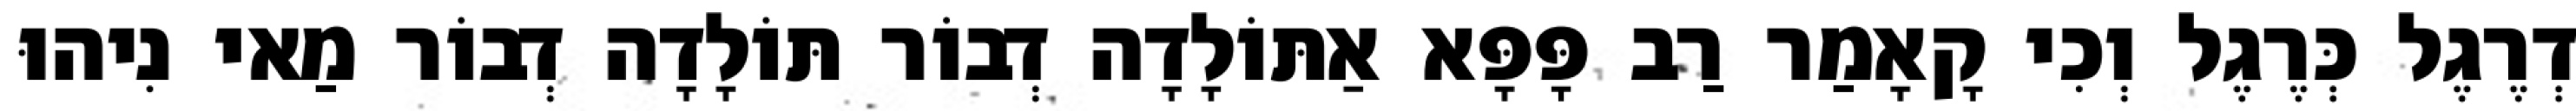
דְרֶגֶל כְּרֶגֶל וְכִי קָאָמַר רַב פָּפָּא אַתּוֹלָדָה דְבוֹר תּוֹלָדָה דְבוֹר מַאי נִיהוּ